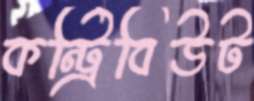
কন্ট্রিবিউট